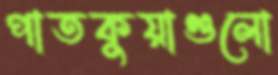
পাতকুয়াগুলো